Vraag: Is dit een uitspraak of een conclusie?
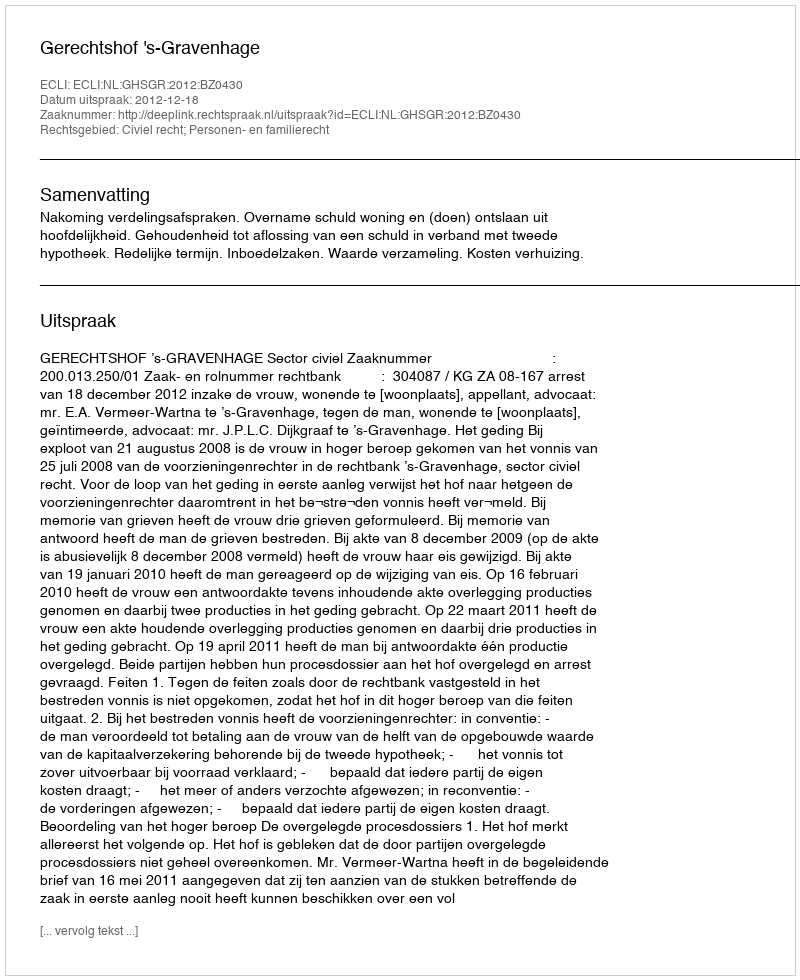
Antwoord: Uitspraak